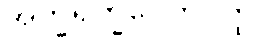
အက္ခရုက္ခပေတဝတ္ထု။